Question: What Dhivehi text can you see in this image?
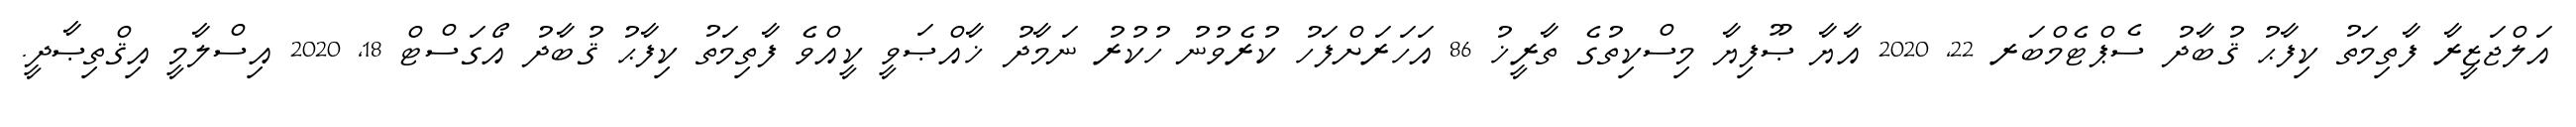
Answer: އަލްޖަޒީރާ ފާތިމަތު ކިފާޙު ޤުބާދު ސެޕްޓެމްބަރ 22, 2020 އާޔާ ޞޫފިޔާ މިސްކިތުގެ ތާރީޚު 86 އަހަރަށްފަހު ކުރެވުނު ހުކުރު ނަމާދު ޚާއްޞަވީ ކީއްވެ ފާތިމަތު ކިފާޙު ޤުބާދު އޯގަސްޓް 18, 2020 އިސްލާމީ އިޤްތިޞާދީ.